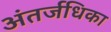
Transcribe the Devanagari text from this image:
अंतर्जधिका